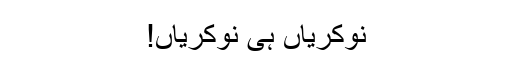
نوکریاں ہی نوکریاں!